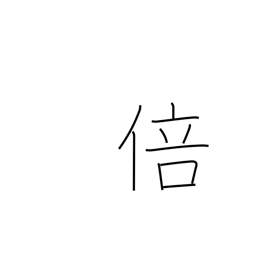
Meaning: fold